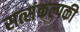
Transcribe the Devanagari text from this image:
सत्संकल्पकी